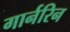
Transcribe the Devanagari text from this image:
गार्नरिन